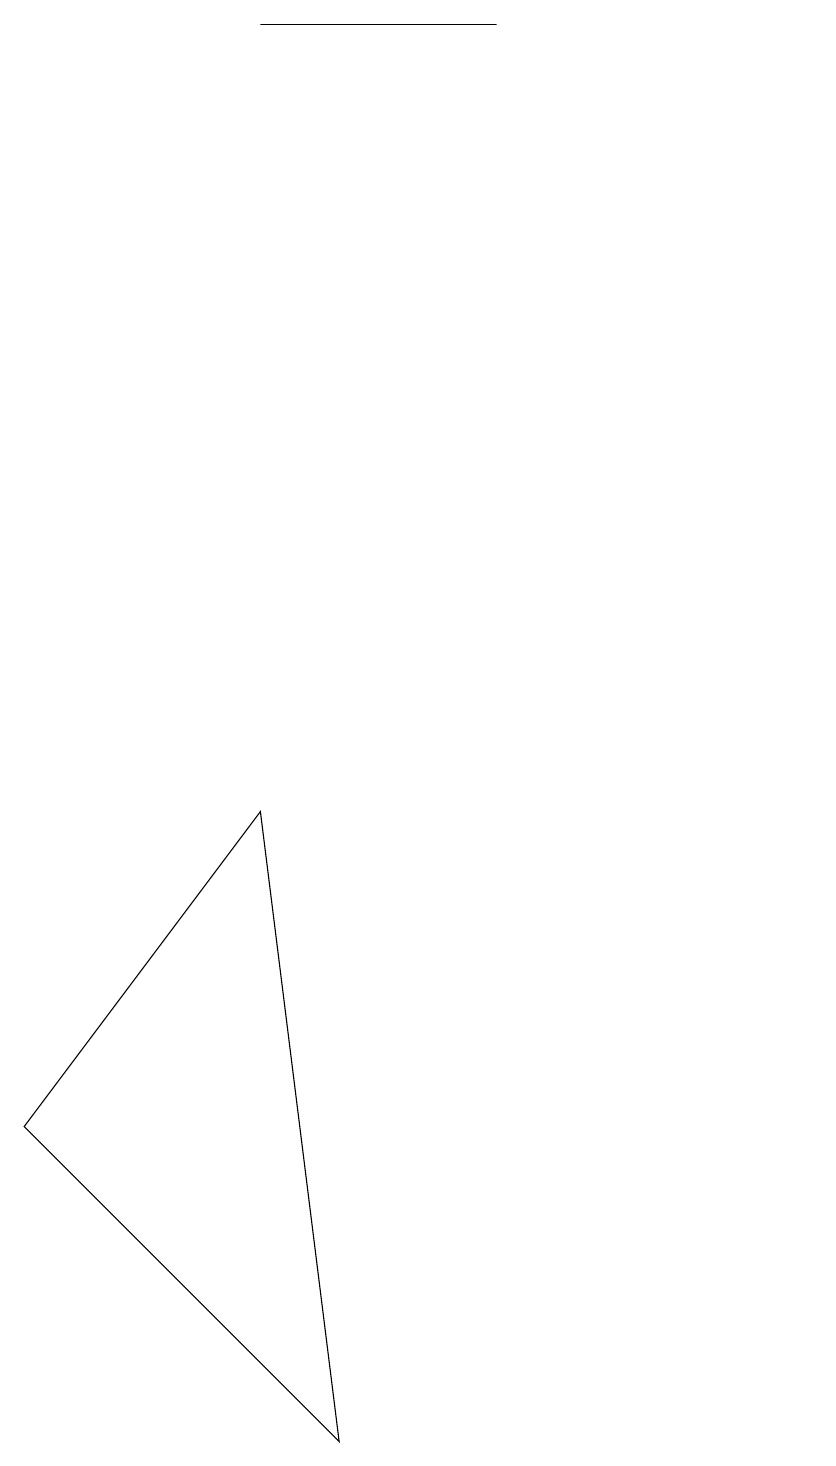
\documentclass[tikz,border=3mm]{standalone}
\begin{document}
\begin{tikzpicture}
\draw (6,1) -- (5,9) -- (2,5) -- cycle;
\draw (8,19) rectangle (5,19);
\draw (12,10) circle (0);
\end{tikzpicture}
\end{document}